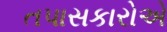
તપાસકારોએ